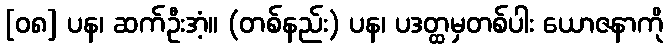
[၀၈] ပန၊ ဆက်ဦးအံ့။ (တစ်နည်း) ပန၊ ပဒတ္ထမှတစ်ပါး ယောဇနာကို